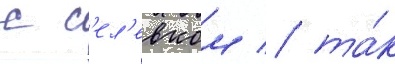
с с'ел'евком / та́к